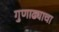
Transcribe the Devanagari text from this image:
गुणाढ्याचा